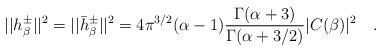
LaTeX: \begin{align*}||h_\beta^{\pm}||^2=||\bar{h}_\beta^{\pm}||^2=4\pi^{3/2}(\alpha-1){\Gamma(\alpha+3) \over \Gamma(\alpha+3/2)}|C(\beta)|^2~~~.\end{align*}